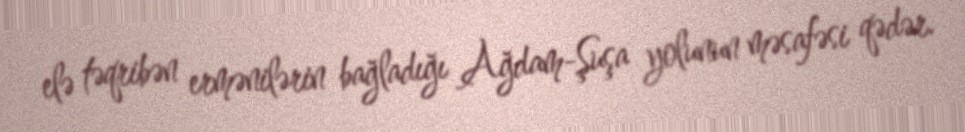
elə təqribən ermənilərin bağladığı Ağdam-Şuşa yolunun məsafəsi qədər.